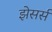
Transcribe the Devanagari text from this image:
झेसर्स